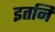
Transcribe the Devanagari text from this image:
इतनि